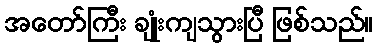
အတော်ကြီး ချုံးကျသွားပြီ ဖြစ်သည်။